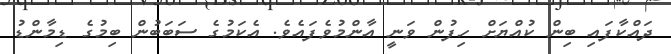
ދައްކާފައި ބިން ކުއްޔަށް ހިފުން ވަނީ އާންމުވެފައެވެ. އެކަމުގެ ސަބަބުން ބިމުގެ ޑިމާންޑު